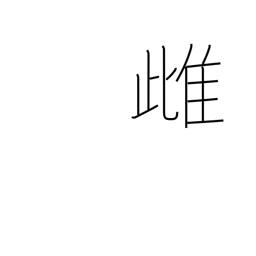
Meaning: feminine